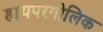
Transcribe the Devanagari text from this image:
हायपरगोलिक